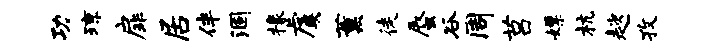
功琼扉居伴涸椽虞薰徒蜃谷周莒嫖杭趑孜